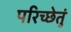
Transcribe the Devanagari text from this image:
परिच्छेतुं